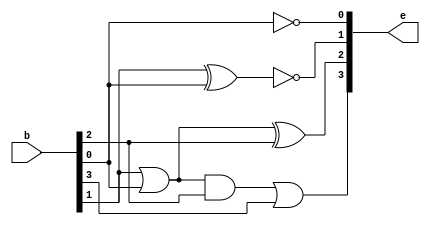
module BCDtoExcess3(e,b);
input [3:0]b;
output [3:0]e;
wire [1:0]w;
not(e[0],b[0]);
xnor(e[1],b[1],b[0]);
or(w[0],b[1],b[0]);
xor(e[2],w[0],b[2]);
and(w[1],w[0],b[2]);
or(e[3],w[1],b[3]);
endmodule